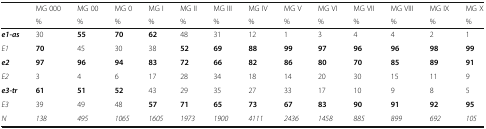
| <ROWSPAN=2>  | MG 000 | MG 00 | MG 0 | MG I | MG II | MG III | MG IV | MG V | MG VI | MG VII | MG VIII | MG IX | MG X |
 | % | % | % | % | % | % | % | % | % | % | % | % | % |
 | --- | --- | --- | --- | --- | --- | --- | --- | --- | --- | --- | --- | --- | --- |
 | e1-as | 30 | 55 | 70 | 62 | 48 | 31 | 12 | 1 | 3 | 4 | 4 | 2 | 1 |
 | E1 | 70 | 45 | 30 | 38 | 52 | 69 | 88 | 99 | 97 | 96 | 96 | 98 | 99 |
 | e2 | 97 | 96 | 94 | 83 | 72 | 66 | 82 | 86 | 80 | 70 | 85 | 89 | 91 |
 | E2 | 3 | 4 | 6 | 17 | 28 | 34 | 18 | 14 | 20 | 30 | 15 | 11 | 9 |
 | e3-tr | 61 | 51 | 52 | 43 | 29 | 35 | 27 | 33 | 17 | 10 | 9 | 8 | 5 |
 | E3 | 39 | 49 | 48 | 57 | 71 | 65 | 73 | 67 | 83 | 90 | 91 | 92 | 95 |
 | N | 138 | 495 | 1065 | 1605 | 1973 | 1900 | 4111 | 2436 | 1458 | 885 | 899 | 692 | 105 |